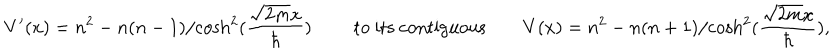
V ^ { \prime } ( x ) = n ^ { 2 } - { n ( n - 1 ) } / { \cosh ^ { 2 } ( { \frac { \sqrt { 2 m } x } { \hbar } } ) } \qquad \mathrm { ~ t o ~ i t s ~ c o n t i g u o u s } \qquad V ( x ) = n ^ { 2 } - { n ( n + 1 ) } / { \cosh ^ { 2 } ( { \frac { \sqrt { 2 m } x } { \hbar } } ) } ,